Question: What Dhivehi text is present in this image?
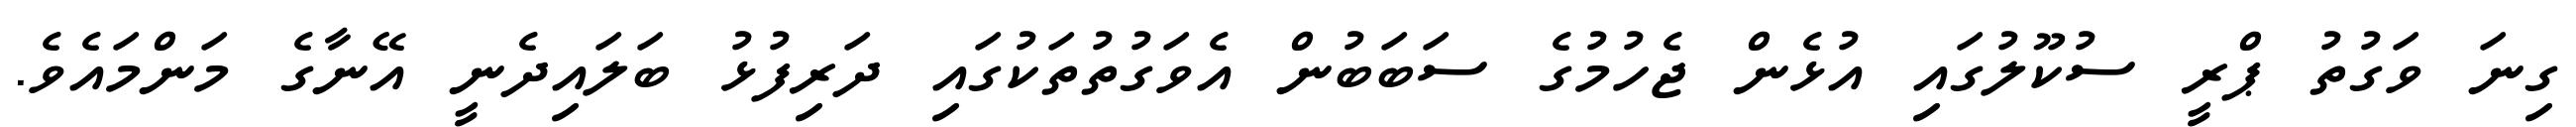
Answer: ގިނަ ވަގުތު ޕްރީ ސުކޫލުގައި އުޅެން ޖެހުމުގެ ސަބަބުން އެވަގުތުތަކުގައި ދަރިފުޅު ބަލައިދެނީ އޭނާގެ މަންމައެވެ.